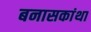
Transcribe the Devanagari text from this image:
बनासकांथा